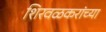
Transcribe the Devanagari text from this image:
शिरवळकरांच्या